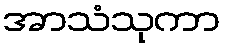
အာသံသုကာ